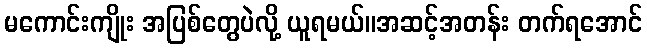
မကောင်းကျိုး အပြစ်တွေပဲလို့ ယူရမယ်။အဆင့်အတန်း တက်ရအောင်